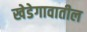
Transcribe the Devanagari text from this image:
खेडेगावातील